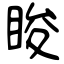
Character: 睃